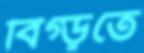
বিগ্‌ড়তে